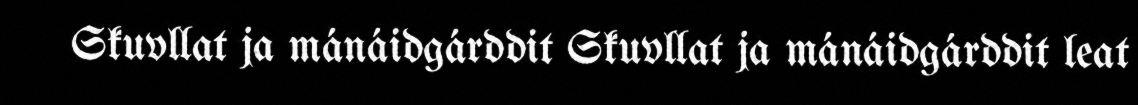
Skuvllat ja mánáidgárddit Skuvllat ja mánáidgárddit leat